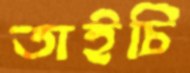
তাইচি